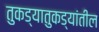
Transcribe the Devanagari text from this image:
तुकड्यातुकड्यांतील